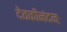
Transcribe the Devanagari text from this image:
देवकीनंदनः